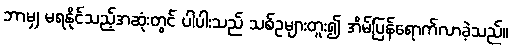
ဘာမျှ မရနိုင်သည့်အဆုံးတွင် ပါပါးသည် သစ်ဥများတူး၍ အိမ်ပြန်ရောက်လာခဲ့သည်။